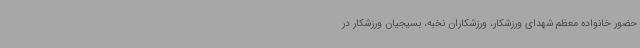
حضور خانواده معظم شهدای ورزشکار، ورزشکاران نخبه، بسیجیان ورزشکار در